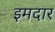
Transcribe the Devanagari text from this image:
इमदार